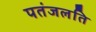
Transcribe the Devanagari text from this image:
पतंजलति